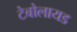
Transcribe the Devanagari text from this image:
टेबोलायड